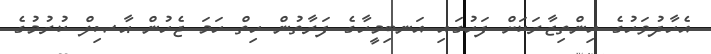
އެހާދުވަހުގެ އިންތިޒާރަކަށް ފަހުގައި އަނބިމީހާގެ ފަރާތުން ހިތް ހަމަ ޖެހުން ޙާޞިލް ކުރުމުގެ